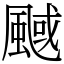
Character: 䬎